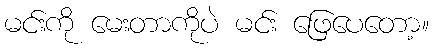
မင်းကို မေးတာကိုပဲ မင်း ဖြေပေတော့။